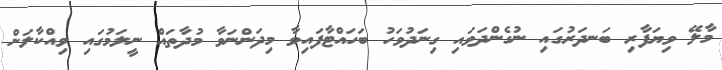
މާލޭ ވިޔަފާރި ބަނދަރުގައި ނުގެންދަވައި ގިނަދުވަހު ބަހައްޓާފައިވާ މިދަންނަވާ މުދާތައް ނީލަމުގައި ވިއްކާލަން